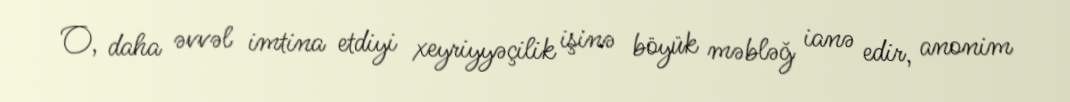
O, daha əvvəl imtina etdiyi xeyriyyəçilik işinə böyük məbləğ ianə edir, anonim